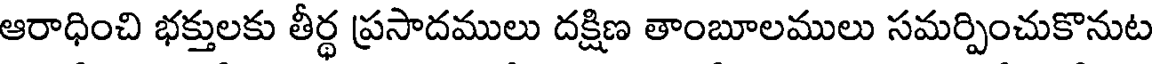
ఆరాధించి భక్తులకు తీర్థ ప్రసాదములు దక్షిణ తాంబూలములు సమర్పించుకొనుట